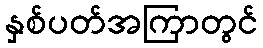
နှစ်ပတ်အကြာတွင်